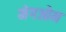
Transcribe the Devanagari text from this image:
मेगओम